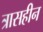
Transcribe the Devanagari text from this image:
त्रासहीन